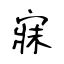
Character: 寐